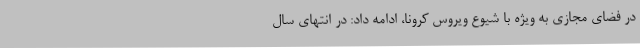
در فضای مجازی به ویژه با شیوع ویروس کرونا، ادامه داد: در انتهای سال